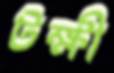
টক্ষী